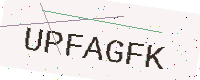
Text: UPFAGFK